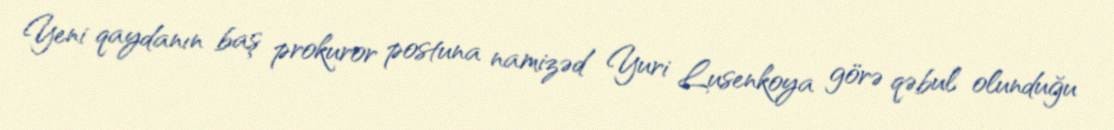
Yeni qaydanın baş prokuror postuna namizəd Yuri Lusenkoya görə qəbul olunduğu